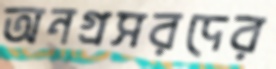
অনগ্রসরদের